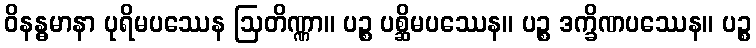
ဝိနန္ဓမာနာ ပုရိမပဿေန ဩတိဏ္ဏာ။ ပဉ္စ ပစ္ဆိမပဿေန။ ပဉ္စ ဒက္ခိဏပဿေန။ ပဉ္စ